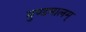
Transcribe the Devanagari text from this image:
मुण्डमालम्